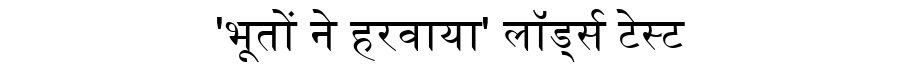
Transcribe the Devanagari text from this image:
'भूतों ने हरवाया' लॉर्ड्स टेस्ट